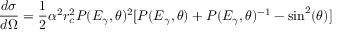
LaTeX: { \frac { d \sigma } { d \Omega } } = { \frac { 1 } { 2 } } \alpha ^ { 2 } r _ { c } ^ { 2 } P ( E _ { \gamma } , \theta ) ^ { 2 } [ P ( E _ { \gamma } , \theta ) + P ( E _ { \gamma } , \theta ) ^ { - 1 } - \sin ^ { 2 } ( \theta ) ]